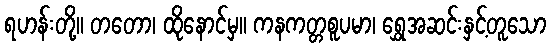
ရဟန်းတို့။ တတော၊ ထိုနောင်မှ။ ကနကတ္တစူပမာ၊ ရွှေအဆင်းနှင့်တူသော